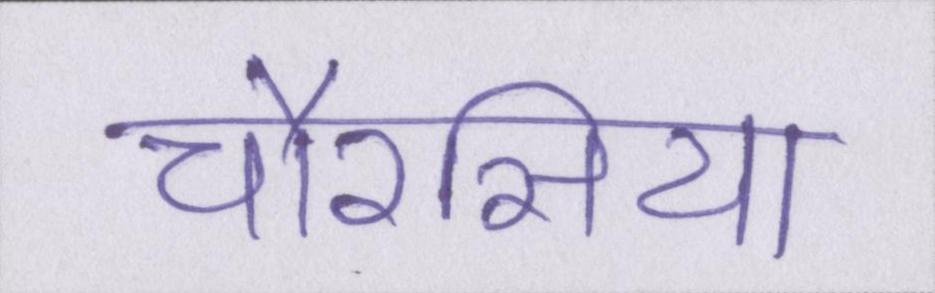
चौरसिया